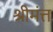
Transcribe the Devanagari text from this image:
श्रीमंत्त